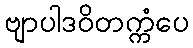
ဗျာပါဒဝိတက္ကံပေ